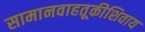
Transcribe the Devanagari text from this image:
सामानवाहतूकीशिवाय